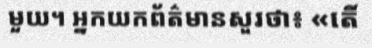
មួយ។ អ្នកយកព័ត៌មានសួរថា៖ «តើ